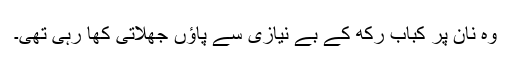
وہ نان پر کباب رکھ کے بے نیازی سے پاؤں جھلاتی کھا رہی تھی۔